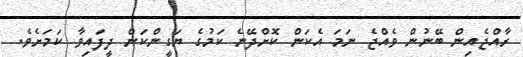
ރާއްޖެއިން ބޭނުން ވެއްޖެ ނަމަ އެކަން ކޮށްދޭނެ ކަމުގެ ޔަގީންކަން ދީފައިވާ ކަމަށެވެ.